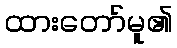
ထားတော်မူ၏